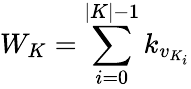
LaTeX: W_{K}=\sum_{i=0}^{|K|-1}k_{v_{K_{i}}}